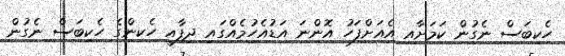
ހެކިބަސް ނެގުން ކަމަށާއި އެއަށްފަހު އޮންނަ އަޑުއެހުމެއްގައި ދިފާއީ ހެކިންގެ ހެކިބަސް ނެގުން